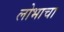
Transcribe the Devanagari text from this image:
लोभाचा